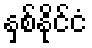
နှစ်နိုင်ငံ